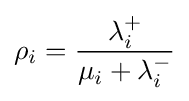
\rho _{i}={\frac {\lambda _{i}^{+}}{\mu _{i}+\lambda _{i}^{-}}}